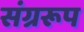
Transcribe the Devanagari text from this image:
संग्ररूप